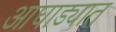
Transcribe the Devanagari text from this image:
आघाड्यात